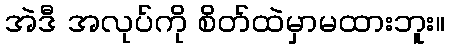
အဲဒီ အလုပ်ကို စိတ်ထဲမှာမထားဘူး။